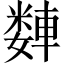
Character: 𫏻